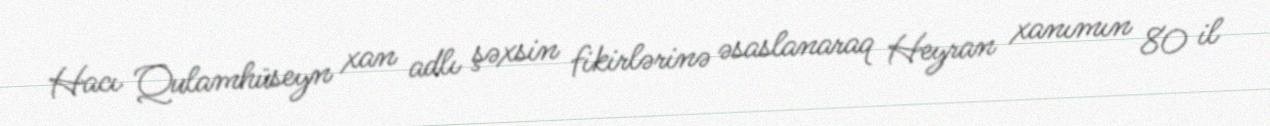
Hacı Qulamhüseyn xan adlı şəxsin fikirlərinə əsaslanaraq Heyran xanımın 80 il